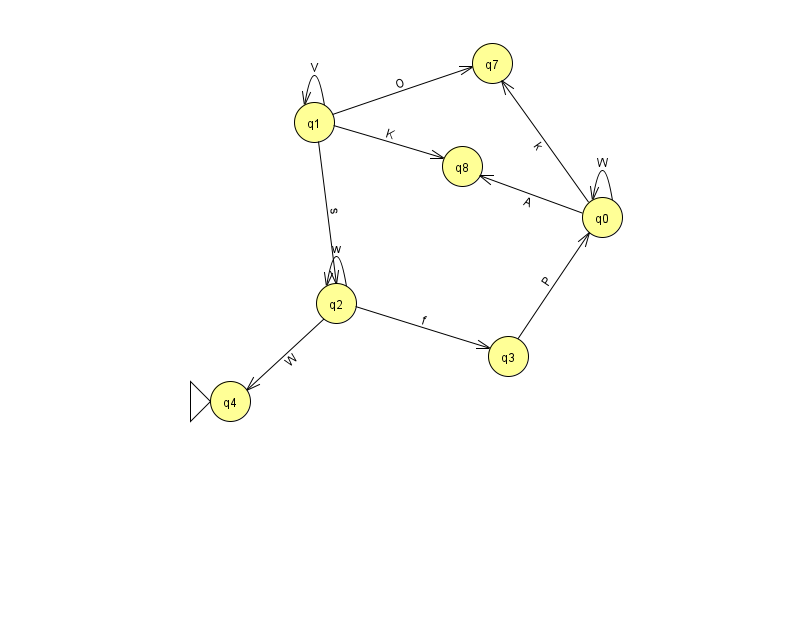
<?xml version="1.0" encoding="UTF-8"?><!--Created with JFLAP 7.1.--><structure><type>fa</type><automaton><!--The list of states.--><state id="0" name="q0"><x>602.0</x><y>204.0</y></state><state id="1" name="q1"><x>314.0</x><y>109.0</y></state><state id="2" name="q2"><x>336.0</x><y>290.0</y></state><state id="3" name="q3"><x>508.0</x><y>343.0</y></state><state id="4" name="q4"><x>230.0</x><y>388.0</y><initial/></state><state id="7" name="q7"><x>492.0</x><y>50.0</y></state><state id="8" name="q8"><x>462.0</x><y>153.0</y></state><!--The list of transitions.--><transition><from>1</from><to>7</to><read>O</read></transition><transition><from>1</from><to>8</to><read>K</read></transition><transition><from>0</from><to>7</to><read>k</read></transition><transition><from>2</from><to>4</to><read>W</read></transition><transition><from>2</from><to>3</to><read>f</read></transition><transition><from>1</from><to>1</to><read>V</read></transition><transition><from>0</from><to>0</to><read>W</read></transition><transition><from>2</from><to>2</to><read>w</read></transition><transition><from>1</from><to>2</to><read>s</read></transition><transition><from>3</from><to>0</to><read>P</read></transition><transition><from>0</from><to>8</to><read>A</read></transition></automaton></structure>